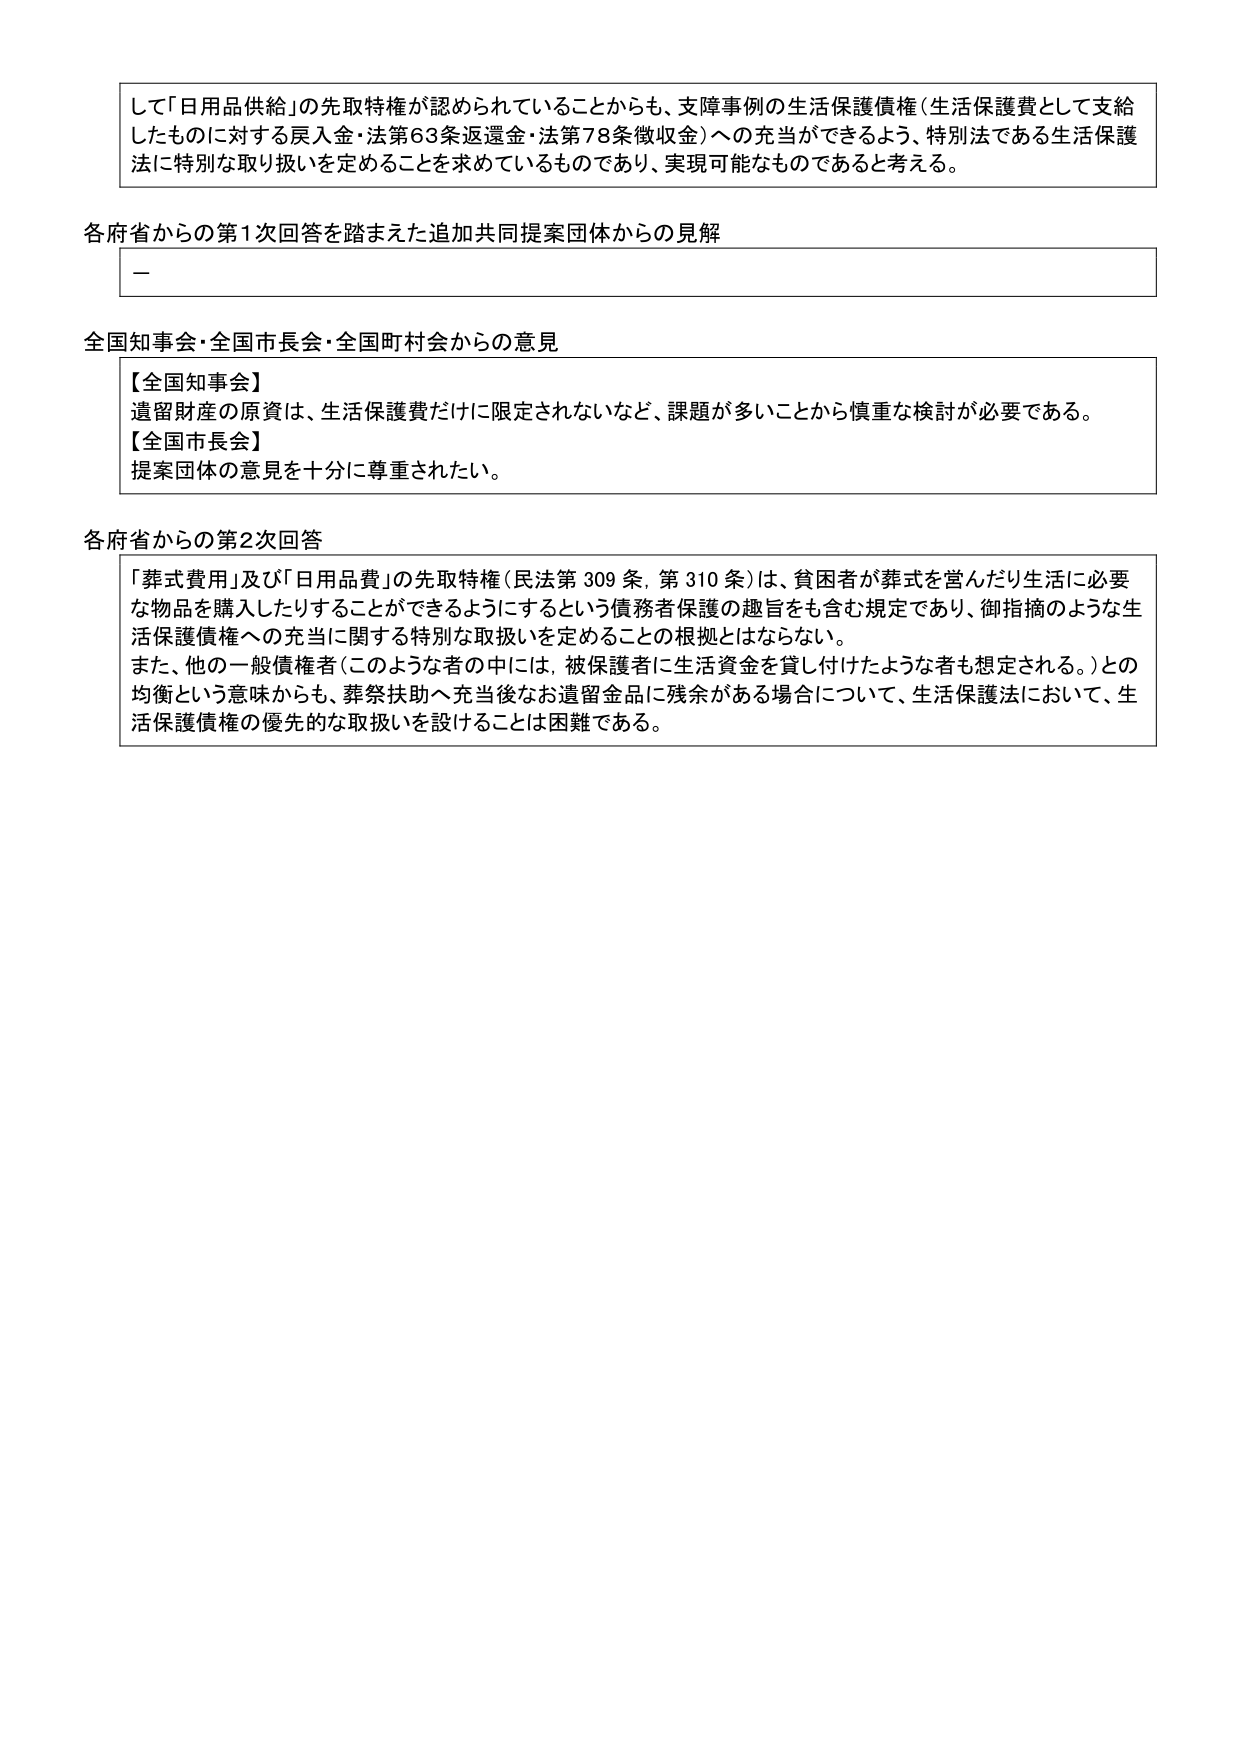
して「日用品供給」の先取特権が認められていることからも、支障事例の生活保護債権（生活保護費として支給したものに対する戻入金・法第63条返還金・法第78条徴収金）への充当ができるよう、特別法である生活保護法に特別な取り扱いを定めることを求めているものであり、実現可能なものであると考える。

各府省からの第1次回答を踏まえた追加共同提案団体からの見解
－

全国知事会・全国市長会・全国町村会からの意見
【全国知事会】
遺留財産の原資は、生活保護費だけに限定されないなど、課題が多いことから慎重な検討が必要である。
【全国市長会】
提案団体の意見を十分に尊重されたい。

各府省からの第2次回答
「葬式費用」及び「日用品費」の先取特権（民法第309条、第310条）は、貧困者が葬式を営んだり生活に必要な物品を購入したりすることができるようにするという債務者保護の趣旨をも含む規定であり、御指摘のような生活保護債権への充当に関する特別な取扱いを定めることの根拠とはならない。
また、他の一般債権者（このような者の中には、被保護者に生活資金を貸し付けたような者も想定される。）との均衡という意味からも、葬祭扶助へ充当後なお遺留金品に残余がある場合について、生活保護法において、生活保護債権の優先的な取扱いを設けることは困難である。